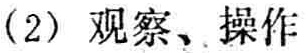
(2) 观察、操作